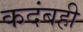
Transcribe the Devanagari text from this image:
कदंबही